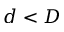
d < D